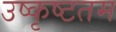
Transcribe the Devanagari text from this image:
उष्कृष्टतम